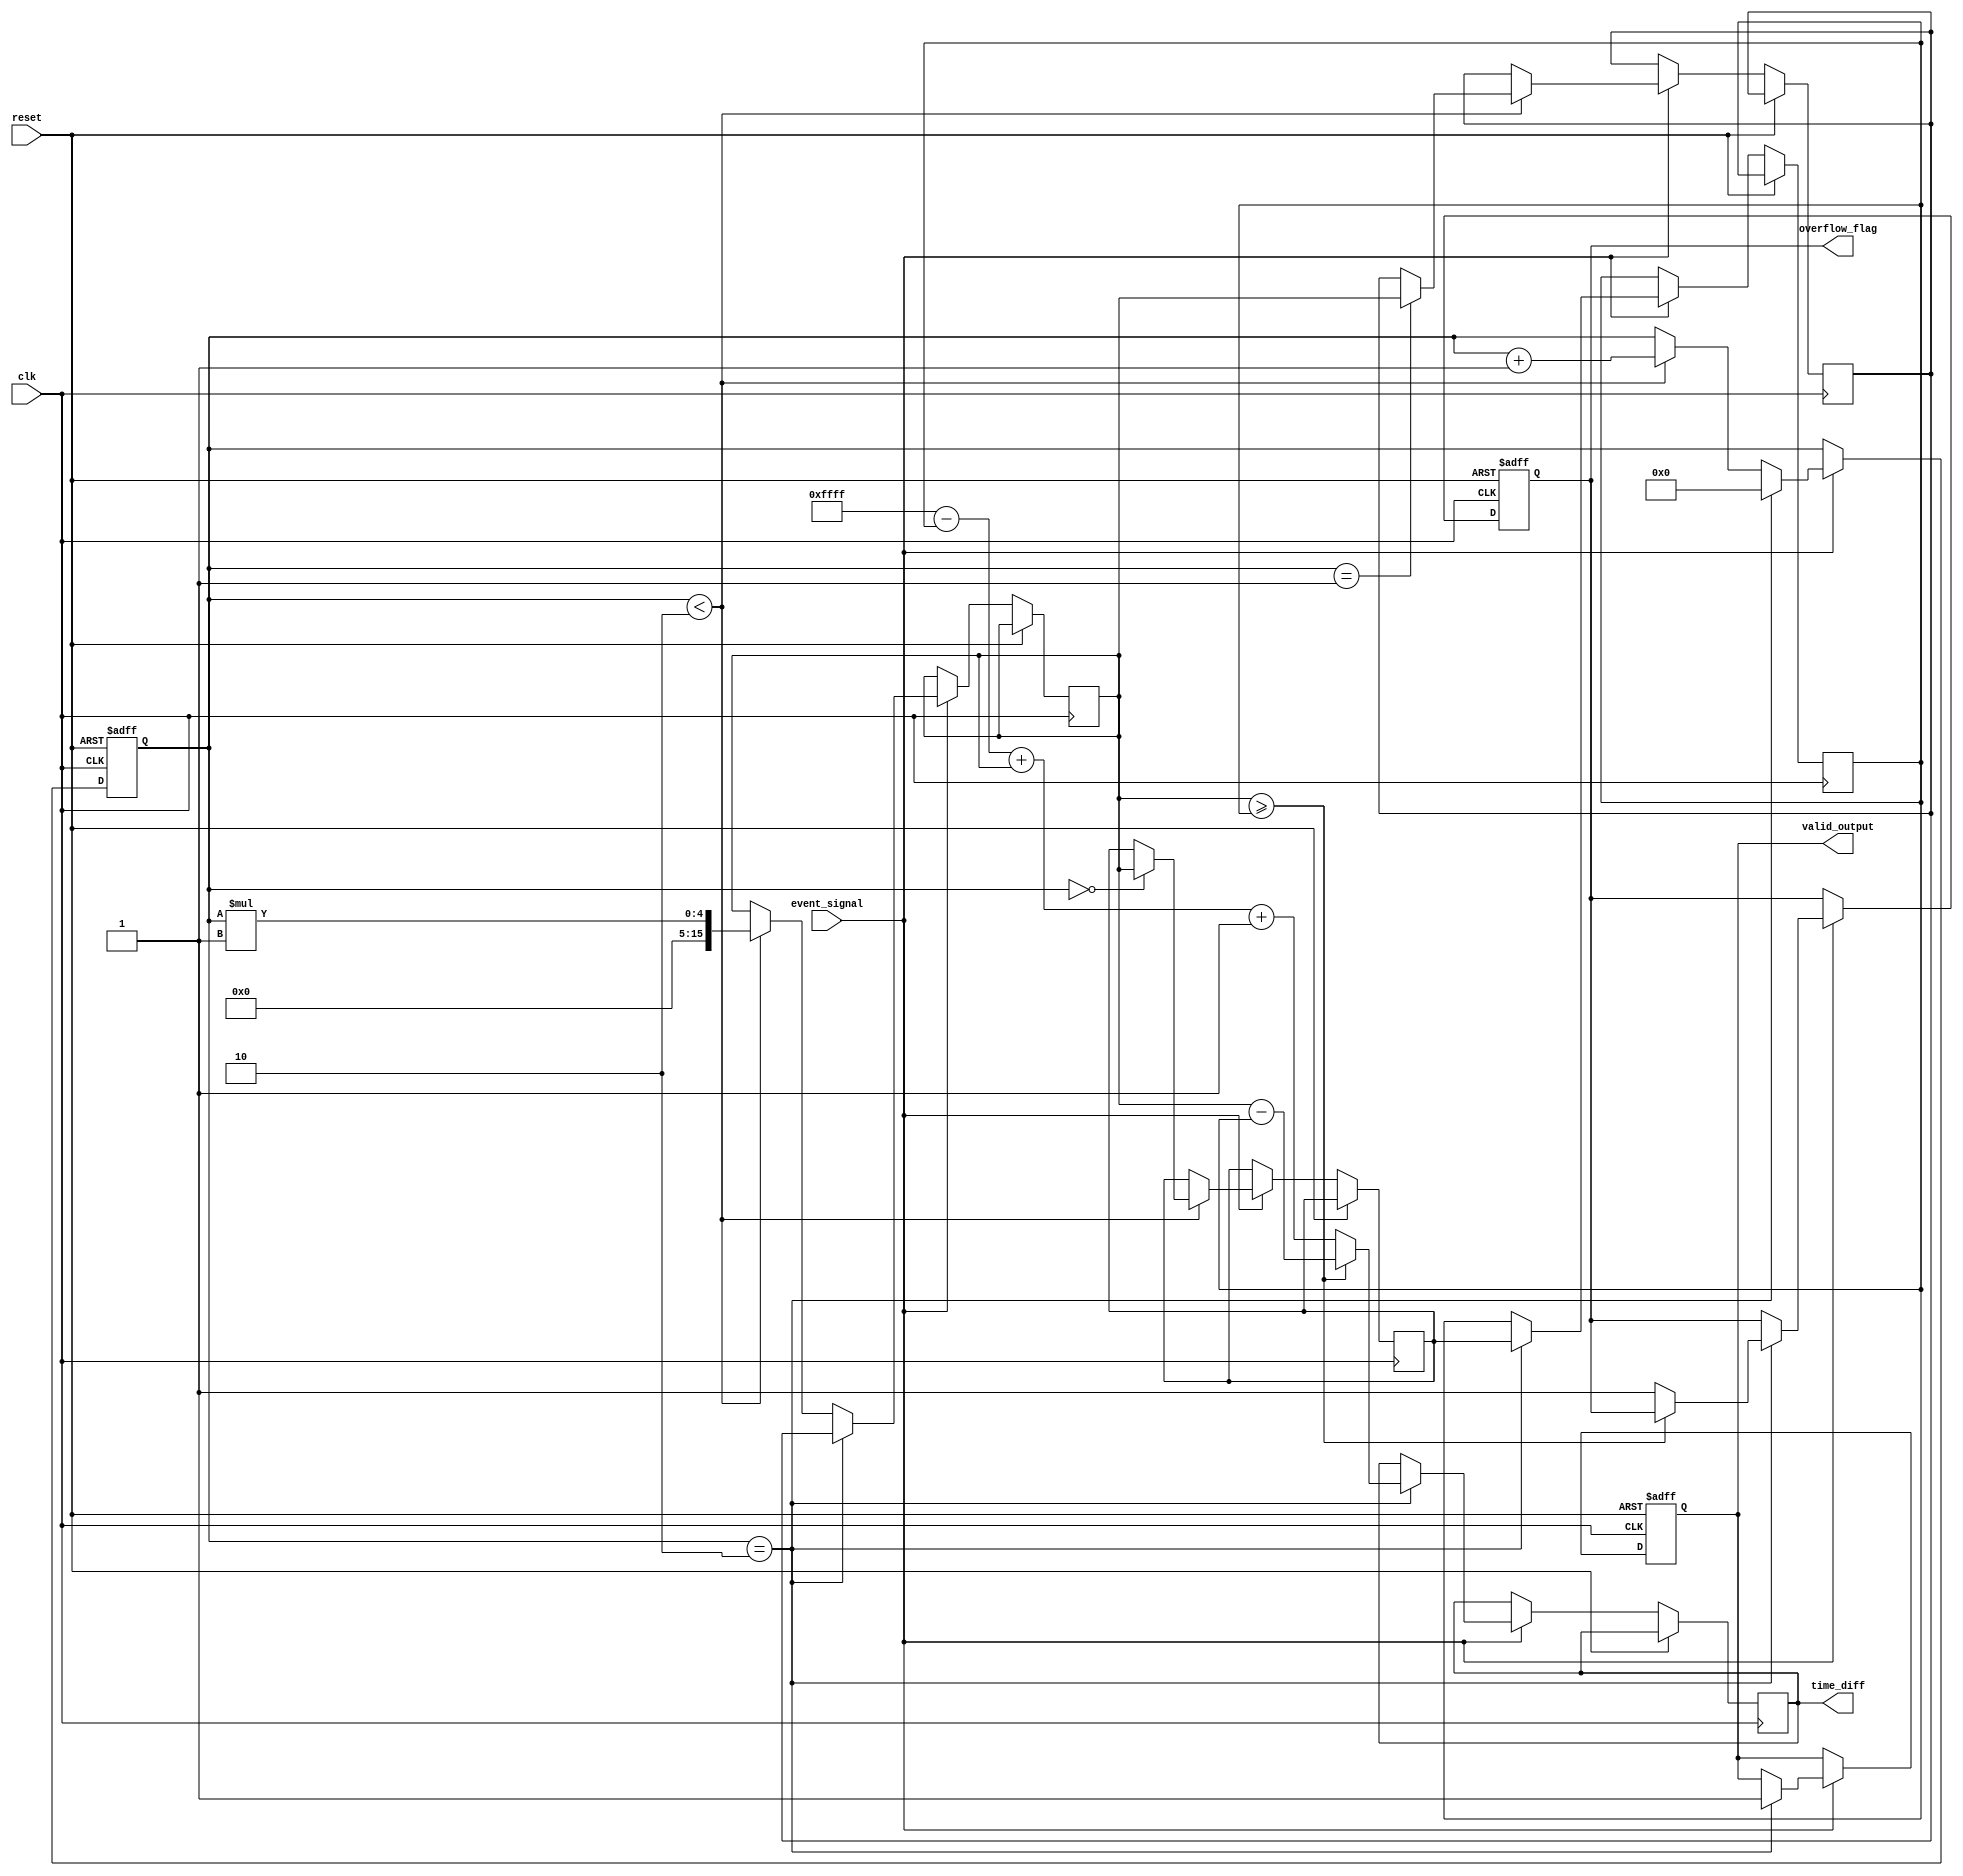
module TDC (
    input wire clk,                 // System clock
    input wire reset,               // Reset signal
    input wire event_signal,        // Input event signal
    output reg [15:0] time_diff,    // Output time difference
    output reg overflow_flag,        // Overflow flag
    output reg valid_output          // Valid output flag
);

    // Parameters
    parameter MAX_EVENTS = 2;       // Maximum number of events to capture
    parameter MEM_DEPTH = 16;       // Depth of timestamp memory
    parameter TIME_RESOLUTION = 1;   // Time resolution in clock cycles

    // Internal signals
    reg [15:0] timestamp_mem [0:MEM_DEPTH-1]; // Timestamp memory
    reg [3:0] event_count;            // Count of captured events
    reg [15:0] last_timestamp;        // Last captured timestamp
    reg [15:0] current_timestamp;     // Current captured timestamp
    reg capturing;                    // Flag to indicate capturing state

    // Event detection logic
    always @(posedge clk or posedge reset) begin
        if (reset) begin
            event_count <= 0;
            capturing <= 0;
            valid_output <= 0;
            overflow_flag <= 0;
        end else if (event_signal) begin
            if (event_count < MAX_EVENTS) begin
                // Capture current timestamp
                current_timestamp <= event_count * TIME_RESOLUTION; // Example timestamp logic
                timestamp_mem[event_count] <= current_timestamp;
                event_count <= event_count + 1;
                capturing <= 1;
            end
            
            // Calculate time difference when two events are captured
            if (event_count == MAX_EVENTS) begin
                last_timestamp <= timestamp_mem[0];
                current_timestamp <= timestamp_mem[1];
                if (current_timestamp >= last_timestamp) begin
                    time_diff <= current_timestamp - last_timestamp;
                end else begin
                    // Handle overflow
                    time_diff <= (16'hFFFF - last_timestamp) + current_timestamp + 1;
                    overflow_flag <= 1;
                end
                valid_output <= 1; // Indicate valid output
                event_count <= 0;  // Reset event count for next measurement
            end
        end
    end

endmodule